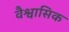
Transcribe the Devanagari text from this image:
वैश्वासिक